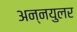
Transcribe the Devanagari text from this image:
अन्नयुलर